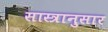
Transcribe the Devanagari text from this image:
सास्त्रानुसार